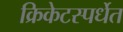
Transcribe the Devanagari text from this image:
क्रिकेटस्पर्धेत